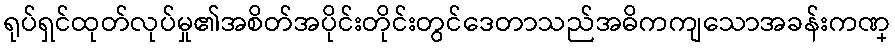
ရုပ်ရှင်ထုတ်လုပ်မှု၏အစိတ်အပိုင်းတိုင်းတွင်ဒေတာသည်အဓိကကျသောအခန်းကဏ္